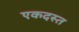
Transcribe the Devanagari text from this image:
एकदस्त